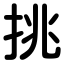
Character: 挑